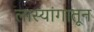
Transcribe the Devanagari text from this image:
लास्यांगातून